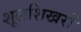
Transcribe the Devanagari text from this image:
शूलशिखरों